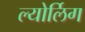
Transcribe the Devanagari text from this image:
ल्योर्लिग